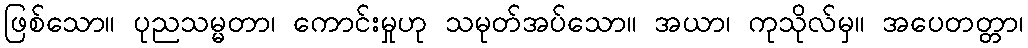
ဖြစ်သော။ ပုညသမ္မတာ၊ ကောင်းမှုဟု သမုတ်အပ်သော။ အယာ၊ ကုသိုလ်မှ။ အပေတတ္တာ၊